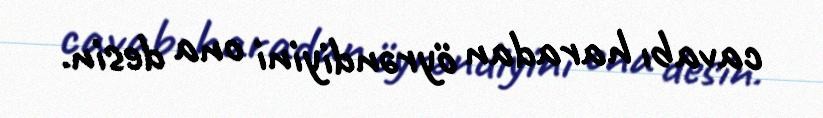
cavabı haradan öyrəndiyini ona desin.